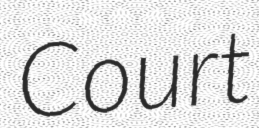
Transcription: Court